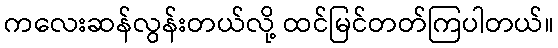
ကလေးဆန်လွန်းတယ်လို့ ထင်မြင်တတ်ကြပါတယ်။